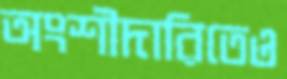
অংশীদারিতেও